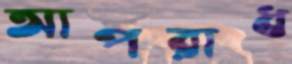
আপরাধ